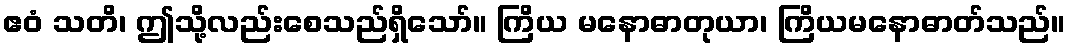
ဧဝံ သတိ၊ ဤသို့လည်းစေသည်ရှိသော်။ ကြိယ မနောဓာတုယာ၊ ကြိယမနောဓာတ်သည်။